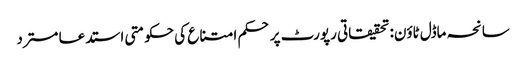
سانحہ ماڈل ٹاؤن: تحقیقاتی رپورٹ پر حکم امتناع کی حکومتی استدعا مسترد